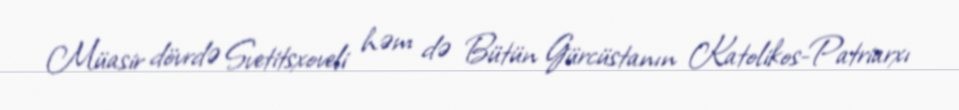
Müasir dövrdə Svetitsxoveli həm də Bütün Gürcüstanın Katolikos-Patriarxı